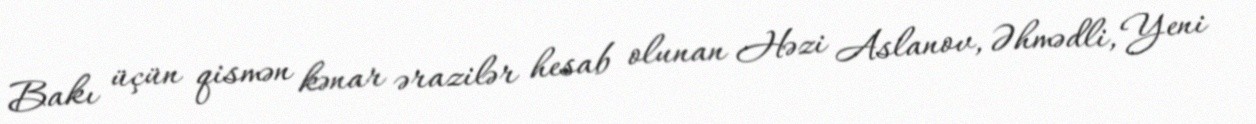
Bakı üçün qismən kənar ərazilər hesab olunan Həzi Aslanov, Əhmədli, Yeni